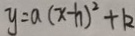
y = a ( x - h ) ^ { 2 } + k